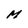
Character: M